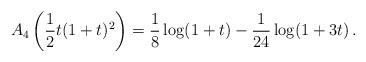
LaTeX: \begin{align*}A_4\left(\frac{1}{2} t(1+t)^2\right)=\frac{1}{8} \log (1+t)-\frac{1}{24} \log (1+3t)\, .\end{align*}